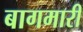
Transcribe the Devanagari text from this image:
बागमारी